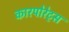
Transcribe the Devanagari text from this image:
कारपोरेट्स